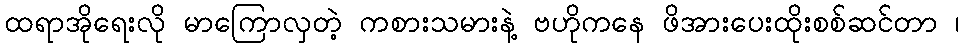
ထရာအိုရေးလို မာကြောလှတဲ့ ကစားသမားနဲ့ ဗဟိုကနေ ဖိအားပေးထိုးစစ်ဆင်တာ ၊